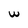
Character: w